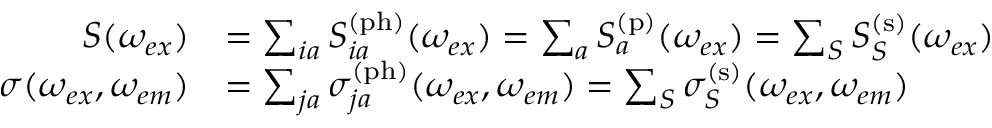
\begin{array} { r l } { S ( \omega _ { e x } ) } & { = \sum _ { i a } S _ { i a } ^ { \mathrm { ( p h ) } } ( \omega _ { e x } ) = \sum _ { a } S _ { a } ^ { \mathrm { ( p ) } } ( \omega _ { e x } ) = \sum _ { S } S _ { S } ^ { \mathrm { ( s ) } } ( \omega _ { e x } ) } \\ { \sigma ( \omega _ { e x } , \omega _ { e m } ) } & { = \sum _ { j a } \sigma _ { j a } ^ { \mathrm { ( p h ) } } ( \omega _ { e x } , \omega _ { e m } ) = \sum _ { S } \sigma _ { S } ^ { \mathrm { ( s ) } } ( \omega _ { e x } , \omega _ { e m } ) } \end{array}